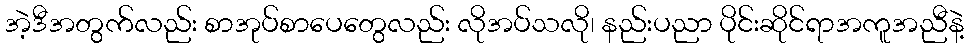
အဲ့ဒီအတွက်လည်း စာအုပ်စာပေတွေလည်း လိုအပ်သလို၊ နည်းပညာ ပိုင်းဆိုင်ရာအကူအညီနဲ့